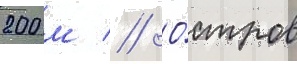
200 м // О́стров